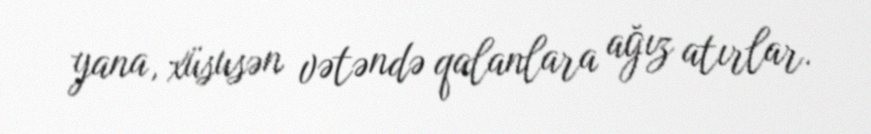
yana, xüsusən vətəndə qalanlara ağız atırlar.